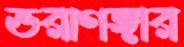
ভরাগঙ্গার